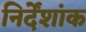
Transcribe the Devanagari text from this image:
निर्देंशांक